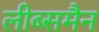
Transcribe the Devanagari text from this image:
लीब्समैन